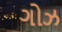
ગોઝ